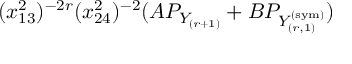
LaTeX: ( x _ { 1 3 } ^ { 2 } ) ^ { - 2 r } ( x _ { 2 4 } ^ { 2 } ) ^ { - 2 } ( A P _ { Y _ { ( r + 1 ) } } + B P _ { Y _ { ( r , 1 ) } ^ { ( \mathrm { s y m } ) } } )